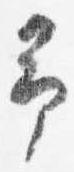
予